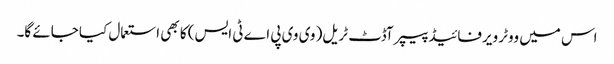
اس میں ووٹر ویرفائیڈ پیپر آڈٹ ٹریل( وی وی پی اے ٹی ایس) کا بھی استعمال کیا جائے گا۔